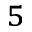
^ 5